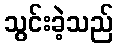
သွင်းခဲ့သည်